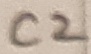
Text: C2